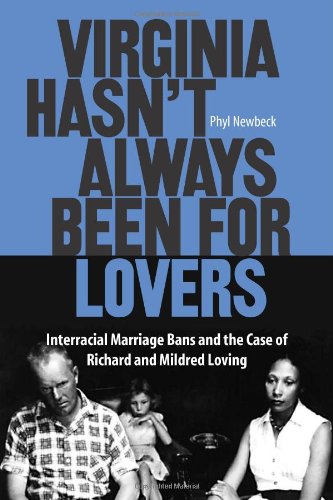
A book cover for Virginia Hasn't Always Been for Lovers: Interracial Marriage Bans and the Case of Richard and Mildred Loving; Phyl Newbeck; Law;